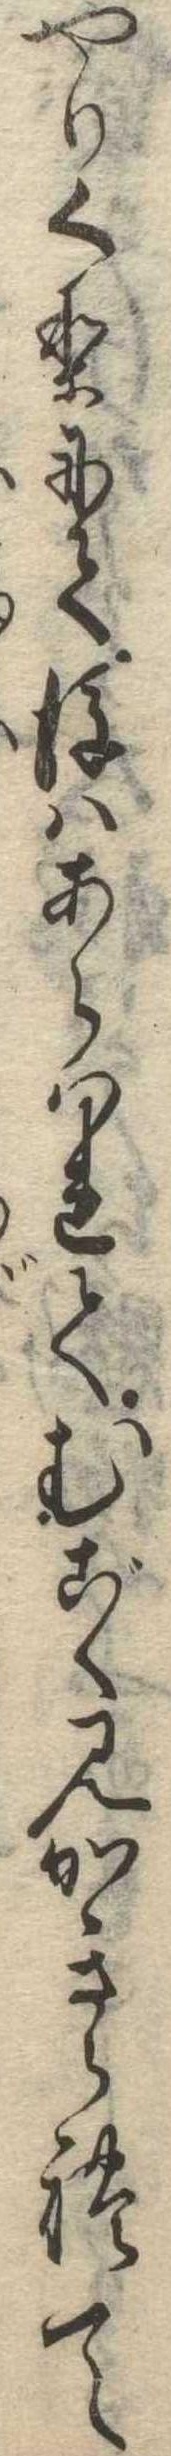
やりくりにて後はあらはれてむごく見かきられて